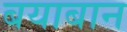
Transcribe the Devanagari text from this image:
बयाबान